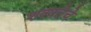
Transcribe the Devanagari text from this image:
शक्यतेचे